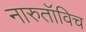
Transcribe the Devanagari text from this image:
नारुतॉविच